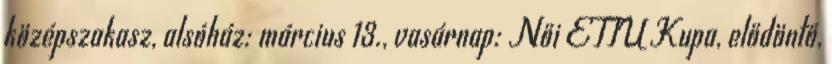
középszakasz, alsóház: március 13., vasárnap: Női ETTU Kupa, elődöntő,